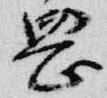
岡